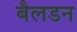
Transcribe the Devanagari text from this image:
बैलडन